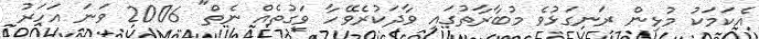
އެކަމަކު މުޅިން ރަނގަޅުވެ މުބާރާތުގައި ވާދަކުރެވޭހާ ވަގުތެއް ނެތް" 2006 ވަނަ އަހަރު